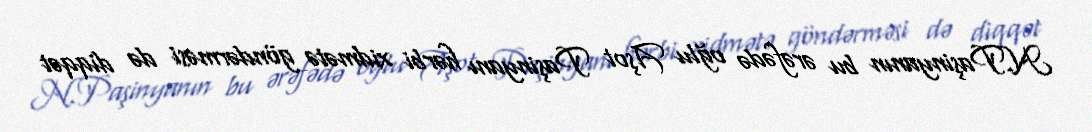
N.Paşinyanın bu ərəfədə oğlu Aşot Paşinyanı hərbi xidmətə göndərməsi də diqqət